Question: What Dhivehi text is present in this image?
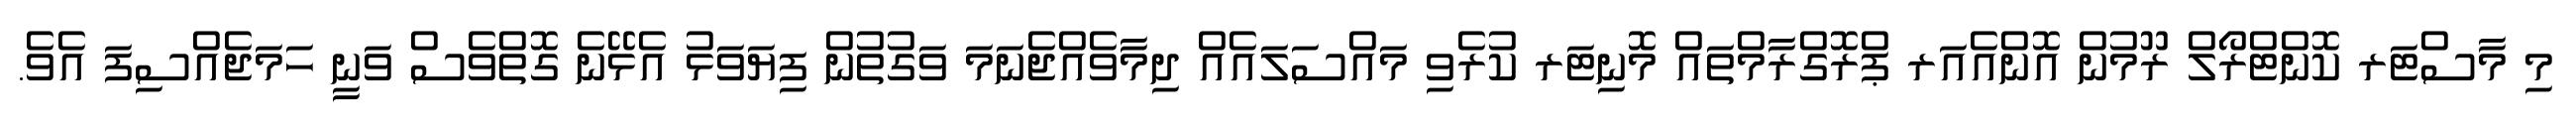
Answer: މި މާސްޓަރ ކޮންޓްރޯލް ރޫމުން އޮންއެއަރ ޕްރޮގްރާމްތައް މޮނިޓަރ ކުރެވި މައްސަލައެއް ދިމާވެއްޖެނަމަ ވަގުތުން ފިޔަވަޅު އެޅޭނެ ގޮތްވެސް ވަނީ ހަމަޖެއްސިފަ އެވެ.